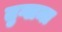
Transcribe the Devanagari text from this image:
तुग्लमा